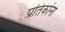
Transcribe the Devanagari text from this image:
प्रतिकांना